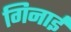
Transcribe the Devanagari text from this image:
गिनाईं